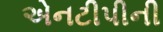
એનટીપીની